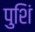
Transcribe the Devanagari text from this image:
पुशिं